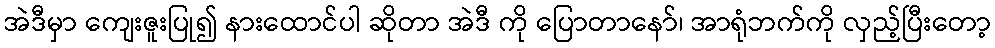
အဲဒီမှာ ကျေးဇူးပြု၍ နားထောင်ပါ ဆိုတာ အဲဒီ ကို ပြောတာနော်၊ အာရုံဘက်ကို လှည့်ပြီးတော့